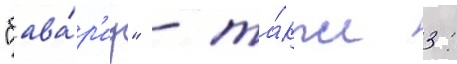
"бава́р'иу" - та́кже 3: